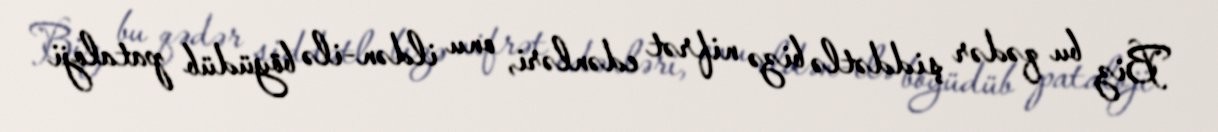
Biz bu qədər şiddətlə bizə nifrət edənləri, onu ildən-ilə böyüdüb pataloji